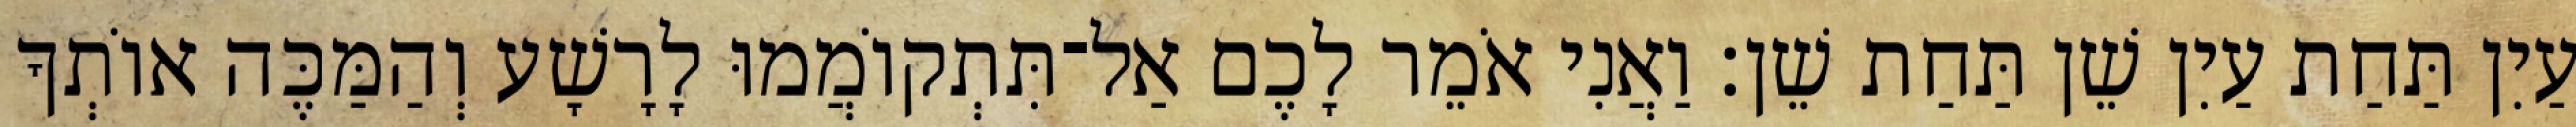
עַיִן תַּחַת עַיִן שֵׁן תַּחַת שֵׁן׃ וַאֲנִי אֹמֵר לָכֶם אַל־תִּתְקוֹמֲמוּ לָרָשָׁע וְהַמַּכֶּה אוֹתְךָ